Document type: Sale
Year: 1451
Scribe: [Unknown]
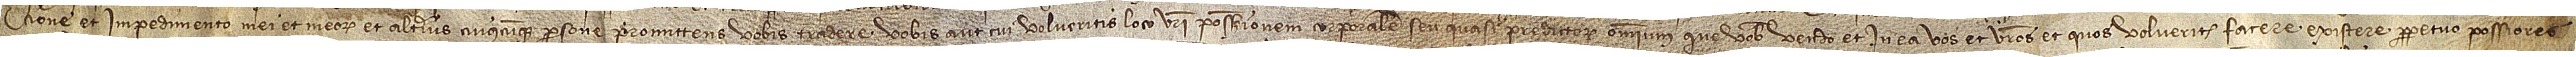
cione et impedimento mei et meorum et alterius cuiuscumque persone. Promittens vobis tradere vobis aut cui volueritis loco vestri possesionem corporalem seu quasi predictorum omnium que vobis vendo, et in ea vos et vestros et quos volueritis facere, existere perpetuo possiores.